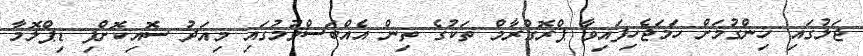
ޖަލުގައި ހިންގުމަށް ހަމަޖެހިފައިވާ ޕްރޮގްރާމް ތަކުގެ ތިން އެއްބަސްވުމުގައި މިއަދު ސޮއިކޮށްފި ޑިޕްލޮމާ